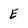
Character: E